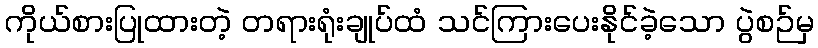
ကိုယ်စားပြုထားတဲ့ တရားရုံးချုပ်ထံ သင်ကြားပေးနိုင်ခဲ့သော ပွဲစဉ်မှ